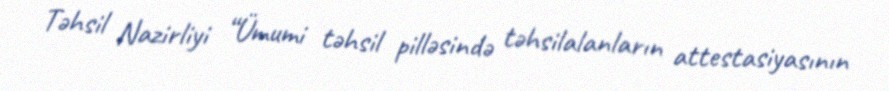
Təhsil Nazirliyi “Ümumi təhsil pilləsində təhsilalanların attestasiyasının